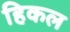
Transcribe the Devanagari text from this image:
हिकल